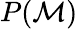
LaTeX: P(\mathcal{M})